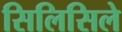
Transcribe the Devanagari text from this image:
सिलिसिले